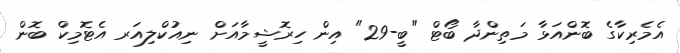
އެމެރިކާގެ ބޮންއަޅާ މަތިންދާ ބޯޓް "ބީ-29" އިން ހިރޮޝީމާއަށް ނިއުކްލިއަރ އެޓޮމިކް ބޮން